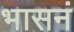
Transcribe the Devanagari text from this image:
भासनं